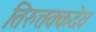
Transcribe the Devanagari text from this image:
तिरुत्तक्कदेव